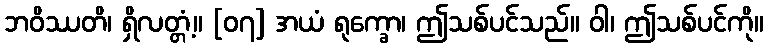
ဘဝိဿတိ၊ ရှိလတ္တံ့။ [၀၇] အယံ ရုက္ခော၊ ဤသစ်ပင်သည်။ ဝါ၊ ဤသစ်ပင်ကို။